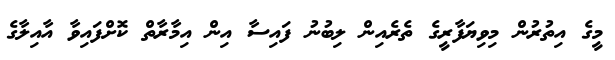
މީގެ އިތުރުން މިވިޔަފާރީގެ ތެރެއިން ލިބުނު ފައިސާ އިން އިމާރާތް ކޮށްފައިވާ އާއިލާގެ